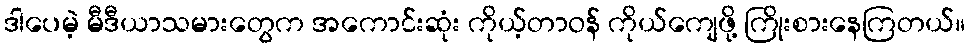
ဒါပေမဲ့ မီဒီယာသမားတွေက အကောင်းဆုံး ကိုယ့်တာဝန် ကိုယ်ကျေဖို့ ကြိုးစားနေကြတယ်။